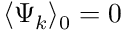
\langle \Psi _ { k } \rangle _ { 0 } = 0